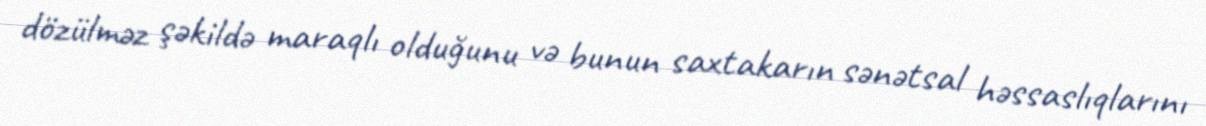
dözülməz şəkildə maraqlı olduğunu və bunun saxtakarın sənətsal həssaslıqlarını